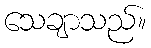
သေချာသည်။